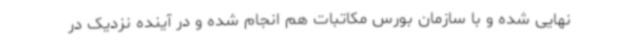
نهایی شده و با سازمان بورس مکاتبات هم انجام شده و در آینده نزدیک در